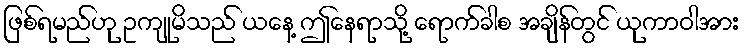
ဖြစ်ရမည်ဟု ဥကျုမိသည် ယနေ့ ဤနေရာသို့ ရောက်ခါစ အချိန်တွင် ယုကာဝါအား